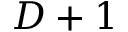
D + 1